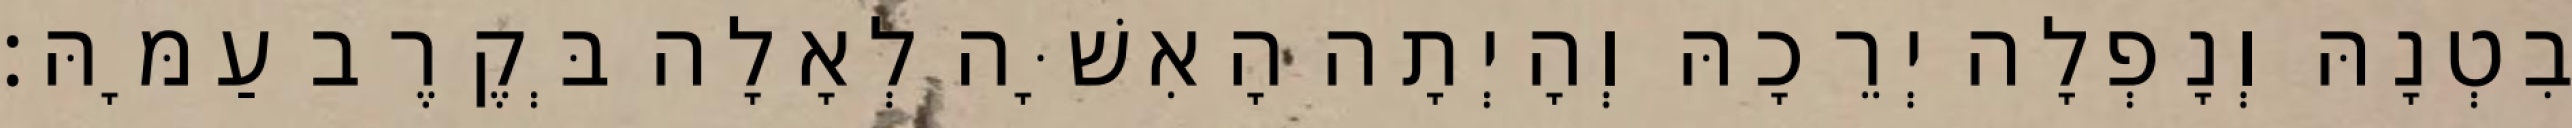
בִטְנָהּ וְנָפְלָה יְרֵכָהּ וְהָיְתָה הָאִשָּׁה לְאָלָה בְּקֶרֶב עַמָּהּ׃